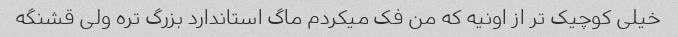
خیلی کوچیک تر از اونیه که من فک میکردم ماگ استاندارد بزرگ تره ولی قشنگه